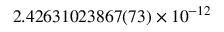
2 . 4 2 6 3 1 0 2 3 8 6 7 ( 7 3 ) × 1 0 ^ { - 1 2 }